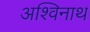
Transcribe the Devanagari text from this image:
अश्विनाथ